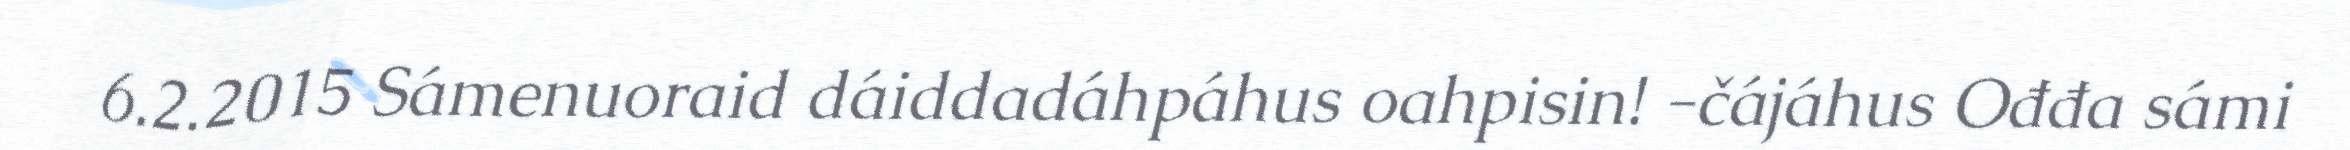
6.2.2015 Sámenuoraid dáiddadáhpáhus oahpisin! -čájáhus Ođđa sámi